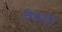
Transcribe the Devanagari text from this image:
चित्रांमधील